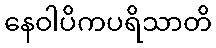
နေဝါပိကပရိသာတိ